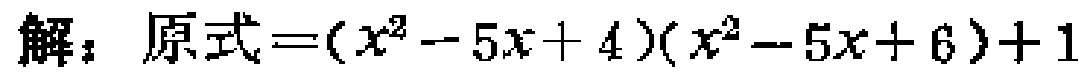
解：原式\(=(x^{2}-5x + 4)(x^{2}-5x + 6)+1\)